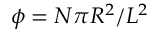
\phi = N \pi R ^ { 2 } / L ^ { 2 }